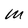
Character: W